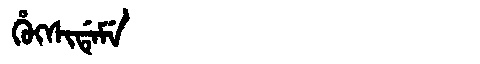
Manchu: ᡥᡠᡴᠰᡳᡩᡝᠮᡝ
Romanization: HUKSIDEME